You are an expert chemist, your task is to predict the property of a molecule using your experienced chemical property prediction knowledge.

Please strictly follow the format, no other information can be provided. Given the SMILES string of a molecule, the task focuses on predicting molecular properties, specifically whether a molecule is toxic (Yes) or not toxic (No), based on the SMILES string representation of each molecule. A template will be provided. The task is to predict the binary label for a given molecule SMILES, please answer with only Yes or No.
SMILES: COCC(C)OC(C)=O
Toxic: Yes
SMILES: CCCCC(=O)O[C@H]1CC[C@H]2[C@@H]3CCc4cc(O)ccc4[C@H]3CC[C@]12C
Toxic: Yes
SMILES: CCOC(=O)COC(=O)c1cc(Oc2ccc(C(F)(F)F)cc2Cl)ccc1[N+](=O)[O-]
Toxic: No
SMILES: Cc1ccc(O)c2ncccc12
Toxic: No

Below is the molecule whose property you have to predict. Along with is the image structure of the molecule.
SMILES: OC(CCCN1CCCCC1)(c1ccccc1)c1ccccc1
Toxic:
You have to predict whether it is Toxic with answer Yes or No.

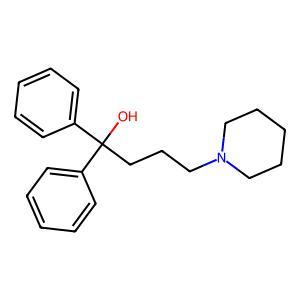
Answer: No